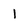
Character: I